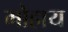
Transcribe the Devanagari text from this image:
मोहाय